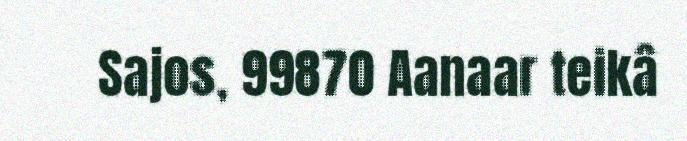
Sajos, 99870 Aanaar teikâ